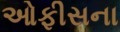
ઓફીસના